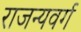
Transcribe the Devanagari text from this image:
राजन्यवर्ग